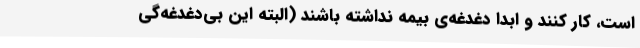
است، کار کنند و ابداً دغدغه‌ی بیمه نداشته باشند (البته این بی‌دغدغه‌گی